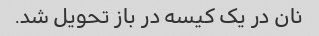
نان در یک کیسه در باز تحویل شد.